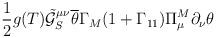
LaTeX: \begin{align*}\frac{1}{2}g(T)\tilde{\mathcal{G}}_S^{\mu\nu}\overline{\theta}\Gamma_M(1+\Gamma_{11})\Pi^M_{\mu}\partial_{\nu}\theta\end{align*}